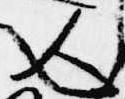
人